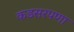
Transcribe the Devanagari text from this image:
कडसरपणा